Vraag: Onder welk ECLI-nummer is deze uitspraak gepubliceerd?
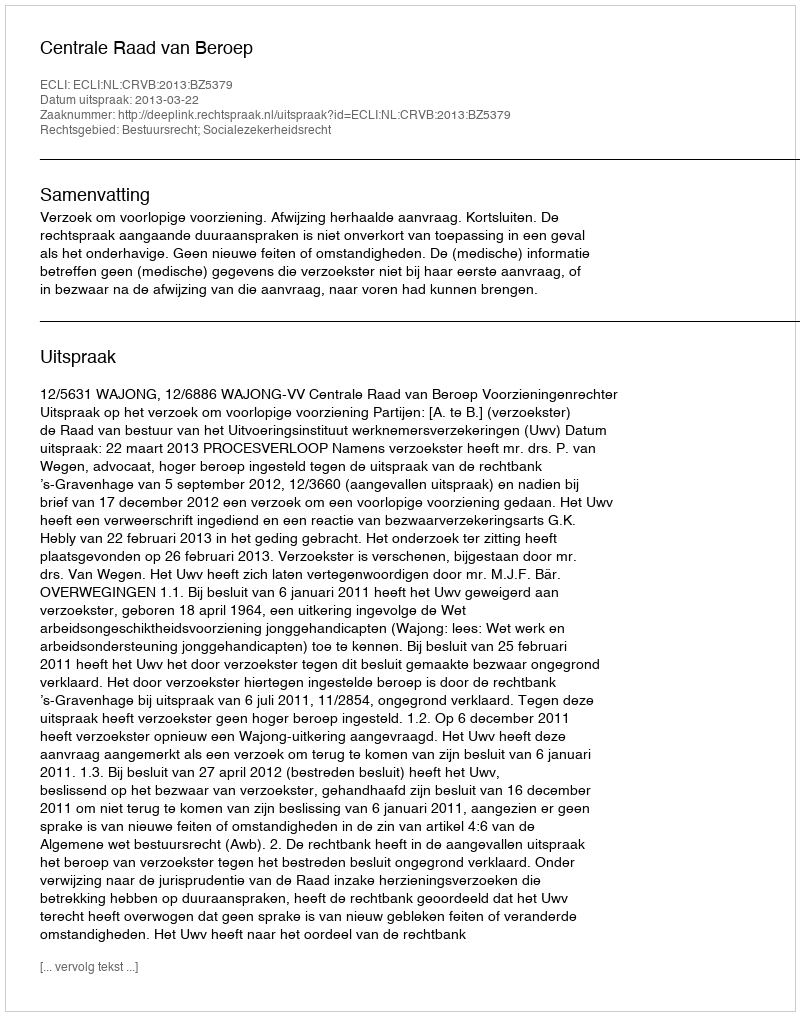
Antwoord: ECLI:NL:CRVB:2013:BZ5379